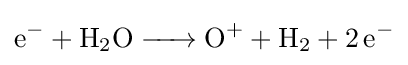
{\ce {e^- + H2O -> O+ + H2 + 2e^-}}